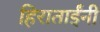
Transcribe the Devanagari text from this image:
हिराताईंनी